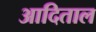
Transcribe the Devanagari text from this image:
आदिताल